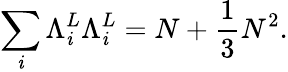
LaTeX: \sum_{\mathit{i}}{\Lambda}_{\mathit{i}}^{L}{\Lambda}_{\mathit{i}}^{L}=N+\frac{{1}}{{3}}N^{2}.